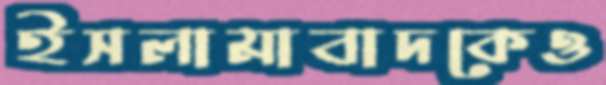
ইসলামাবাদকেও